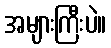
အများကြီးပဲ။